Punjab Mental Hospital Lahore 1932-46 - 1932-1946
Year: 1932
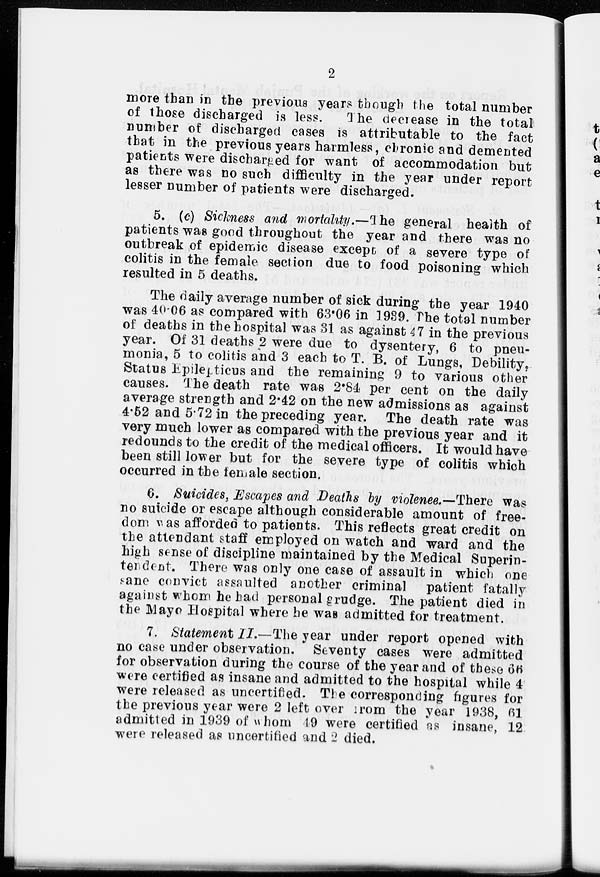
2
more than in the previous years though the total number
of those discharged is less.
The decrease in the total
number of discharged cases is attributable to the fact
that in the previous years harmless, chronic and demented
patients were discharged for want of accommodation but
as there was no such difficulty in the year under report
lesser number of patients were discharged.
5. (c) Sickness and mortality.—The general health of
patients was good throughout the year and there was no
outbreak of epidemic disease except of a severe type of
colitis in the female section due to food poisoning which
resulted in 5 deaths.
The daily average number of sick during the year 1940
was 40.06 as compared with 63.06 in 1939. The total number
of deaths in the hospital was 31 as against 47 in the previous
year. Of 31 deaths 2 were due to dysentery, 6 to pneu-
monia, 5 to colitis and 3 each to T. B. of Lungs, Debility,
Status Epilepticus and the remaining 9 to various other
causes. The death rate was 2.84 per cent on the daily
average strength and 2.42 on the new admissions as against
4.52 and 5.72 in the preceding year. The death rate was
very much lower as compared with the previous year and it
redounds to the credit of the medical officers. It would have
been still lower but for the severe type of colitis which
occurred in the female section.
6. Suicides, Escapes and Deaths by violenee.—There was
no suicide or escape although considerable amount of free-
dom was afforded to patients. This reflects great credit on
the attendant staff employed on watch and ward and the
high sense of discipline maintained by the Medical Superin-
tendent. There was only one case of assault in which one
sane convict assaulted another criminal patient fatally
against whom he had personal grudge. The patient died in
the Mayo Hospital where he was admitted for treatment.
7. Statement II.—The year under report opened with
no case under observation. Seventy cases were admitted
for observation during the course of the year and of these 66
were certified as insane and admitted to the hospital while 4
were released as uncertified. The corresponding figures for
the previous year were 2 left over from the year 1938, 61
admitted in 1939 of whom 19 were certified as insane, 12
were released as uncertified and 2 died.